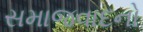
સમાજવાદનો